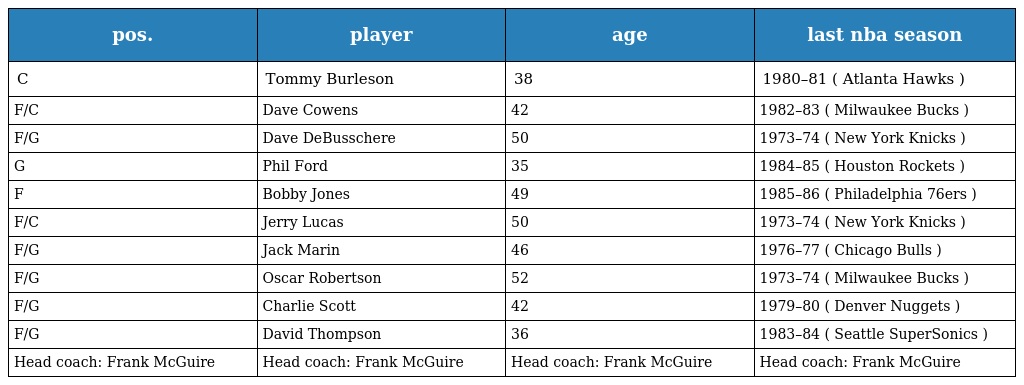
| pos. | player | age | last nba season |
 | --- | --- | --- | --- |
 | C | Tommy Burleson | 38 | 1980–81 ( Atlanta Hawks ) |
 | F/C | Dave Cowens | 42 | 1982–83 ( Milwaukee Bucks ) |
 | F/G | Dave DeBusschere | 50 | 1973–74 ( New York Knicks ) |
 | G | Phil Ford | 35 | 1984–85 ( Houston Rockets ) |
 | F | Bobby Jones | 49 | 1985–86 ( Philadelphia 76ers ) |
 | F/C | Jerry Lucas | 50 | 1973–74 ( New York Knicks ) |
 | F/G | Jack Marin | 46 | 1976–77 ( Chicago Bulls ) |
 | F/G | Oscar Robertson | 52 | 1973–74 ( Milwaukee Bucks ) |
 | F/G | Charlie Scott | 42 | 1979–80 ( Denver Nuggets ) |
 | F/G | David Thompson | 36 | 1983–84 ( Seattle SuperSonics ) |
 | Head coach: Frank McGuire | Head coach: Frank McGuire | Head coach: Frank McGuire | Head coach: Frank McGuire |